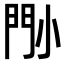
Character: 𡮉